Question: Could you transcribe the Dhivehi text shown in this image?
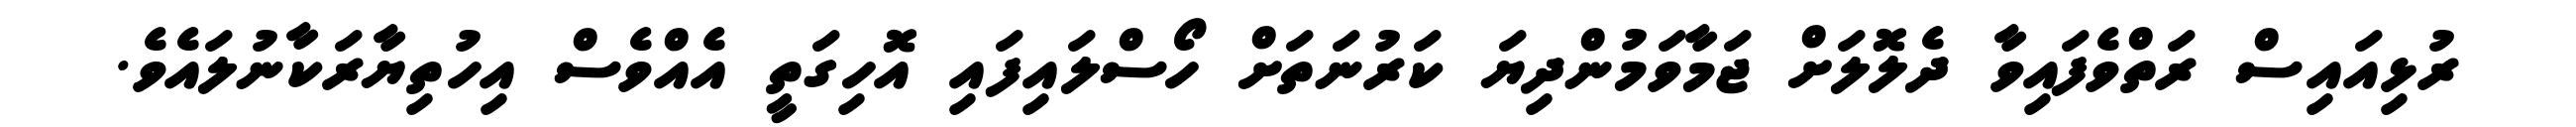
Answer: ރުޅިއައިސް ރަތްވެފައިވާ ދެލޮލަށް ޖަމާވަމުންދިޔަ ކަރުނަތަށް ހޯސްލައިފައި އޮހިގަތީ އެއްވެސް އިހުތިޔާރަކާނުލައެވެ.